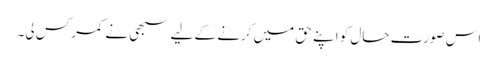
اس صورت حال کو اپنے حق میں کرنے کے لیے سبھی نے کمر کس لی۔